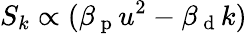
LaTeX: S_{k}\propto(\beta_{\mathrm{~p~}}u^{2}-\beta_{\mathrm{~d~}}k)